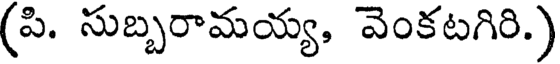
(పి. సుబ్బరామయ్య, వెంకటగిరి.)